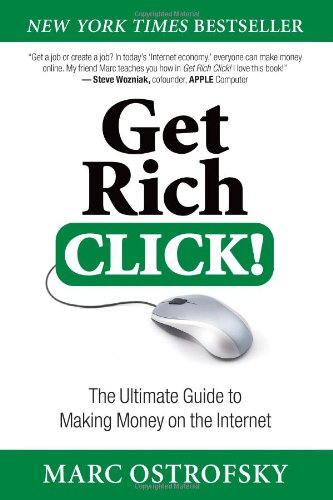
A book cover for Get Rich Click!: The Ultimate Guide to Making Money on the Internet; Marc Ostrofsky; Computers & Technology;